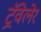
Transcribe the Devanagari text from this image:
ट्रॅवेलेर